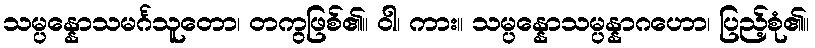
သမ္ပန္နောသမင်္ဂသူတော၊ တကွဖြစ်၏။ ဝါ၊ ကား။ သမ္ပန္နောသမ္ပန္နာဂဟော၊ ပြည့်စုံ၏။